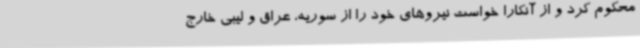
محکوم کرد و از آنکارا خواست نیروهای خود را از سوریه، عراق و لیبی خارج